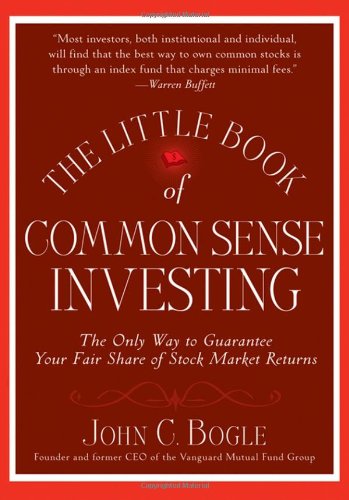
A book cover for The Little Book of Common Sense Investing: The Only Way to Guarantee Your Fair Share of Stock Market Returns; John C. Bogle; Business & Money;